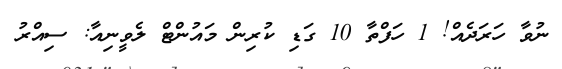
ނުވާ ހަރަދެއް! 1 ހަފްތާ 10 ގަޑި ކުރިން މައުންޓް ލެވީނިއާ: ސިއްރު